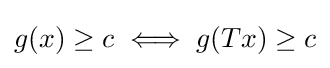
{\textstyle g(x)\geq c\iff g(Tx)\geq c}